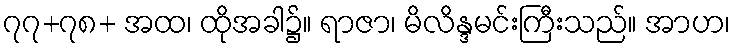
၇၇+၇၈+ အထ၊ ထိုအခါ၌။ ရာဇာ၊ မိလိန္ဒမင်းကြီးသည်။ အာဟ၊